Vaccination report Assam 1874-1896 - 1874-1896
Year: 1874
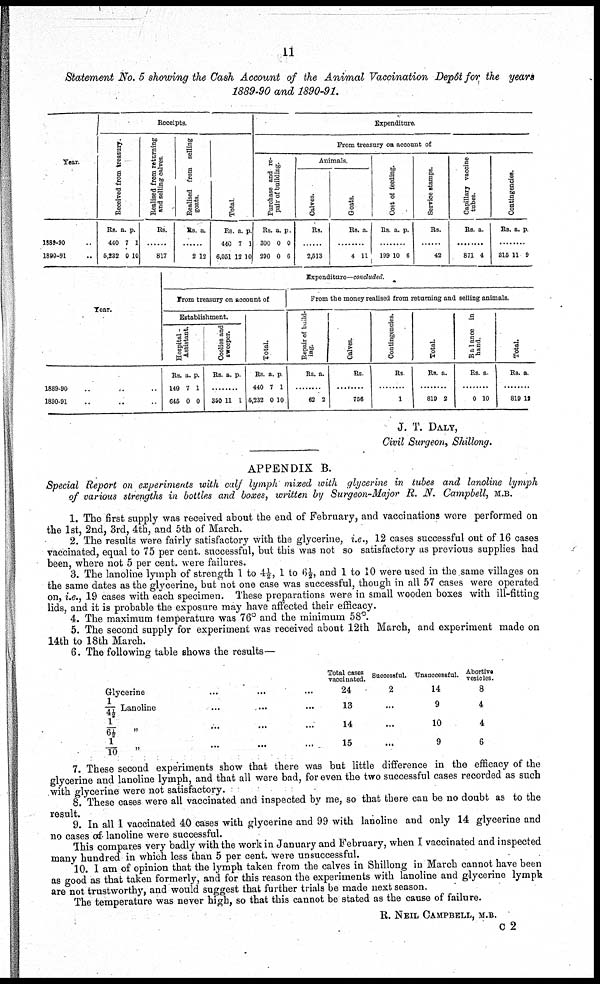
11
Statement No. 5 showing the Cash Account of the Animal Vaccination Depôt for the years
1889-90 and 1890-91.
Year.
1889-90 ..
1890-91 ..
Receipts.
Received from treasury.
Rs.
440
5,232
a.
7
0
p.
1
10
Realised from returning
and selling calves.
Rs.
......
817
Realised from selling
goats.
Rs. a.
......
2 12
Total.
Rs
440
6,051
a.
7
12
p.
1
10
Expenditure.
From treasury on account of
Purchase and re-
pair of building.
Rs.
300
290
a.
0
0
p.
0
6
Animals
Calves.
Rs.
......
2,513
Goats.
Rs. a.
........
4 11
Cost of feeding.
Rs. a. p.
........
199 10 6
Service stamps.
Rs.
........
42
Capillary vaccine
tubes.
Rs. a.
........
871 4
Contingencies.
Rs. a. p.
........
315 11 9
Year.
1889-90
..
..
..
1890-91 .. .. ..
Expenditure—concluded.
From treasury on account of
Establishment.
Hospital -
Assistant.
Rs.
140
645
a.
7
0
p.
1
0
Coolies and
sweeper.
Rs. a. p.
........
390 11 1
Total.
Rs.
440
5,232
a.
7
0
p
1
10
From the money realised from returning and selling animals.
Repair of build-
ing.
Rs. a.
........
62 2
Calves.
Rs
........
756
Contingencies.
Rs
........
1
Total.
Rs. a.
........
819 2
Balance in
hand.
Rs. a
........
0 10
Total.
Rs. a.
........
819 12
J. T. DALY,
Civil Surgeon, Shillong.
APPENDIX B.
Special Report on experiments with calf lymph mixed with glycerine in tubes and lanoline lymph
of various strengths in bottles and boxes, written by Surgeon-Major R. N. Campbell, M.B.
1. The first supply was received about the end of February, and vaccinations wore performed on
the 1st, 2nd, 3rd, 4th, and 5th of March.
2. The results were fairly satisfactory with the glycerine, i.e., 12 cases successful out of 16 cases
vaccinated, equal to 75 per cent. successful, but this was not so satisfactory as previous supplies had
been, where not 5 per cent. were failures.
3. The lanoline lymph of strength 1 to 4½, 1 to 6½, and 1 to 10 were used in the same villages on
the same dates as the glycerine, but not one case was successful, though in all 57 cases were operated
on, i.e., 19 cases with each specimen. These preparations were in small wooden boxes with ill-fitting
lids, and it is probable the exposure may have affected their efficacy.
4. The maximum temperature was 76° and the minimum 58°.
5. The second supply for experiment was received about 12th March, and experiment made on
14th to 18th March.
6. The following table shows the results—
Glycerine .. .. ..
1/4½ Lanoline
1/6½ „ .. .. ..
1/10 „
Total cases
vaccinated.
24
13
14
15
Successful.
2
...
...
...
Unsuccessful.
14
9
10
9
Abortive
vesicles.
8
4
4
6
7. These second experiments show that there was but little difference in the efficacy of the
glycerine and lanoline lymph, and that all were bad, for even the two successful cases recorded as such
with glycerine were not satisfactory.
8. These cases were all vaccinated and inspected by me, so that there can be no doubt as to the
result.
9. In all 1 vaccinated 40 cases with glycerine and 99 with lanoline and only 14 glycerine and
no cases of lanoline were successful.
This compares very badly with the work in January and February, when I vaccinated and inspected
many hundred in which less than 5 per cent. were unsuccessful.
10. I am of opinion that the lymph taken from the calves in Shillong in March cannot have been
as good as that taken formerly, and for this reason the experiments with lanoline and glycerine lymph
are not trustworthy, and would suggest that further trials be made next season.
The temperature was never high, so that this cannot be stated as the cause of failure.
R. NEIL CAMPBELL, M.B.
C2